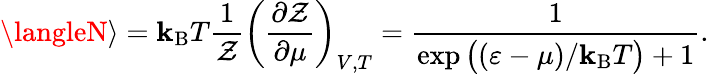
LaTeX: \langleN\rangle=\mathbf{k}_{\mathrm{{{B}}}}T{\frac{{1}}{{\mathcal{{Z}}}}}\left({\frac{{\partial{\mathcal{{Z}}}}}{{\partial\mu}}}\right)_{V,T}={\frac{{1}}{{\exp{\big(}(\varepsilon-\mu)/\mathbf{k}_{\mathrm{{{B}}}}T{\big)}+1}}}.